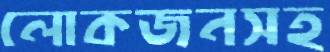
লোকজনসহ